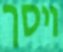
ויסך